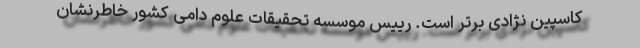
کاسپین نژادی برتر است. رییس موسسه تحقیقات علوم دامی کشور خاطرنشان